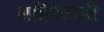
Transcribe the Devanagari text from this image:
बहिरेवाडी